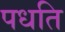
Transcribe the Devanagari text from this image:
पधति